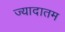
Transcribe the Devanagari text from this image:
ज्यादातम